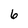
Character: 6